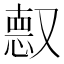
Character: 𫩈